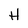
Character: H